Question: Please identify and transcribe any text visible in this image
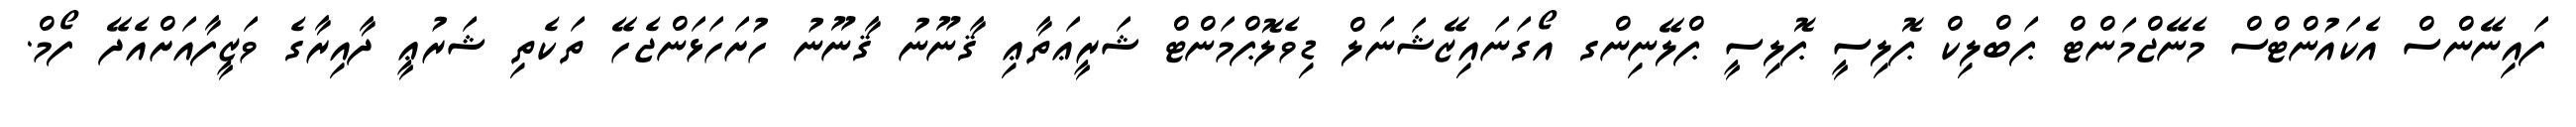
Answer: ފައިނޭންސް އެކައުންޓްސް މެނޭޖްމަންޓް ޕަބްލިކް ޕޮލިސީ ޕޮލިސީ ޕްލޭނިންގ އޯގަނައިޒޭޝަނަލް ޑިވެލޮޕްމަންޓް ޝަރީޢަތާޢި ޤާނޫނު ޤާނޫނު ހުށަހަޅަންޖެހޭ ތަކެތި ޝަރުޢީ ދާއިރާގެ ވަޒީފާއަށްއެދޭ ފޯމް.